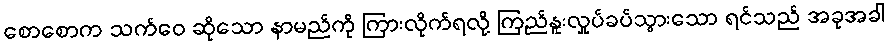
စောစောက သက်ဝေ ဆိုသော နာမည်ကို ကြားလိုက်ရလို့ ကြည်နူးလှုပ်ခပ်သွားသော ရင်သည် အခုအခါ